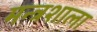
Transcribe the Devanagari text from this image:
मन्त्रशाला